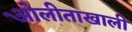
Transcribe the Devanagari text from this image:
ओेलीताखाली